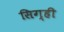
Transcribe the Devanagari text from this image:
सिग्ही